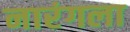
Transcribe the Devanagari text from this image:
नारंगला